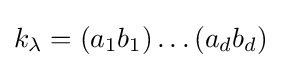
k_{\lambda }=(a_{1}b_{1})\dots (a_{d}b_{d})